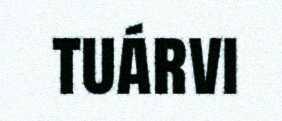
tuárvi